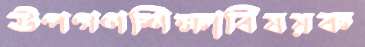
উপগণশিক্ষাবিষয়ক